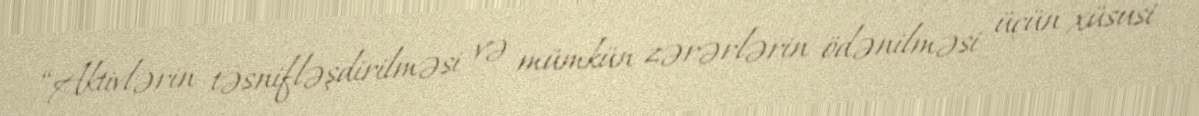
“Aktivlərin təsnifləşdirilməsi və mümkün zərərlərin ödənilməsi üçün xüsusi